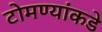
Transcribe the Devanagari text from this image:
टोमण्यांकडे